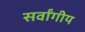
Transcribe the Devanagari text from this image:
सर्वांगीय